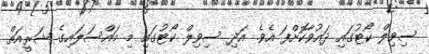
ސިވިލް ކޯޓުގައި ދައުވާކޮށްފަ އެވެ. އަދި ސިވިލް ކޯޓުގައި މި މައްސަލައިގެ ޝަރީއަތް